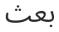
بعث